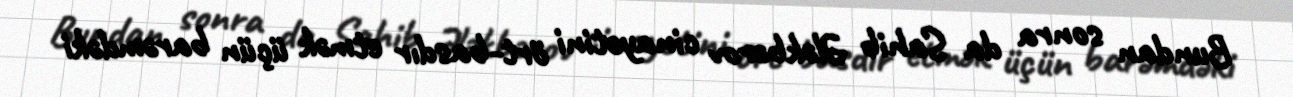
Bundan sonra da Sahib Ələkbərov cinayətini ört-basdır etmək üçün barəmdəki